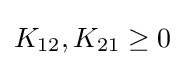
K_{12},K_{21}\geq 0